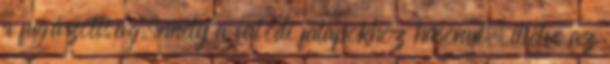
a fugázottság, mely a valódi falapokhoz hasonul, illetve az